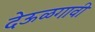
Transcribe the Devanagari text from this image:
देऊळगावी